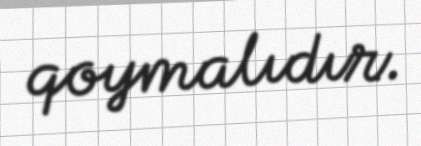
qoymalıdır.